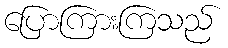
ပြောကြားကြသည်